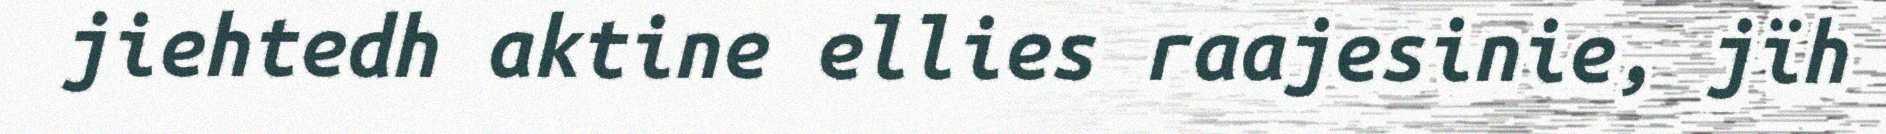
jiehtedh aktine ellies raajesinie, jïh